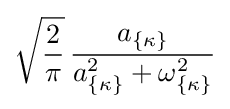
{\sqrt {2 \over \pi }}\,{a_{\{\kappa \}} \over a_{\{\kappa \}}^{2}+\omega _{\{\kappa \}}^{2}}